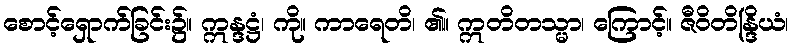
စောင့်ရှောက်ခြင်း၌။ ဣန္ဒဋ္ဌံ၊ ကို။ ကာရေတိ၊ ၏။ ဣတိတသ္မာ၊ ကြောင့်။ ဇီဝိတိန္ဒြိယံ၊